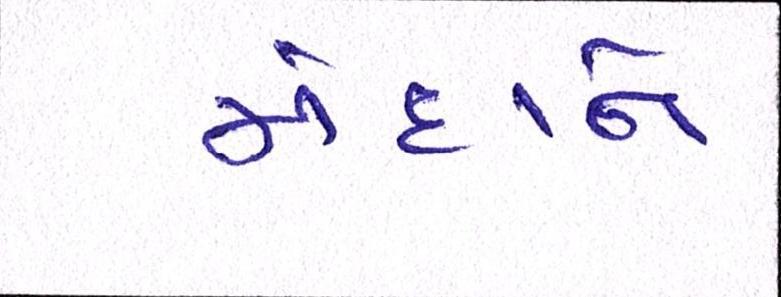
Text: મેદાને